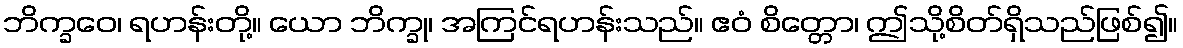
ဘိက္ခဝေ၊ ရဟန်းတို့။ ယော ဘိက္ခု၊ အကြင်ရဟန်းသည်။ ဧဝံ စိတ္တော၊ ဤသို့စိတ်ရှိသည်ဖြစ်၍။